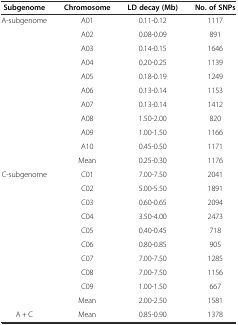
<table><thead><tr><td><b>Subgenome</b></td><td><b>Chromosome</b></td><td><b>LD decay (Mb)</b></td><td><b>No. of SNPs</b></td></tr></thead><tbody><tr><td>A-subgenome</td><td>A01</td><td>0.11-0.12</td><td>1117</td></tr><tr><td></td><td>A02</td><td>0.08-0.09</td><td>891</td></tr><tr><td></td><td>A03</td><td>0.14-0.15</td><td>1646</td></tr><tr><td></td><td>A04</td><td>0.20-0.25</td><td>1139</td></tr><tr><td></td><td>A05</td><td>0.18-0.19</td><td>1249</td></tr><tr><td></td><td>A06</td><td>0.13-0.14</td><td>1153</td></tr><tr><td></td><td>A07</td><td>0.13-0.14</td><td>1412</td></tr><tr><td></td><td>A08</td><td>1.50-2.00</td><td>820</td></tr><tr><td></td><td>A09</td><td>1.00-1.50</td><td>1166</td></tr><tr><td></td><td>A10</td><td>0.45-0.50</td><td>1171</td></tr><tr><td></td><td>Mean</td><td>0.25-0.30</td><td>1176</td></tr><tr><td>C-subgenome</td><td>C01</td><td>7.00-7.50</td><td>2041</td></tr><tr><td></td><td>C02</td><td>5.00-5.50</td><td>1891</td></tr><tr><td></td><td>C03</td><td>0.60-0.65</td><td>2094</td></tr><tr><td></td><td>C04</td><td>3.50-4.00</td><td>2473</td></tr><tr><td></td><td>C05</td><td>0.40-0.45</td><td>718</td></tr><tr><td></td><td>C06</td><td>0.80-0.85</td><td>905</td></tr><tr><td></td><td>C07</td><td>7.00-7.50</td><td>1285</td></tr><tr><td></td><td>C08</td><td>7.00-7.50</td><td>1156</td></tr><tr><td></td><td>C09</td><td>1.00-1.50</td><td>667</td></tr><tr><td></td><td>Mean</td><td>2.00-2.50</td><td>1581</td></tr><tr><td>A + C</td><td>Mean</td><td>0.85-0.90</td><td>1378</td></tr></tbody></table>